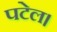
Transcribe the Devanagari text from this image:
पटेल।